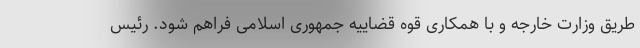
طریق وزارت خارجه و با همکاری قوه قضاییه جمهوری اسلامی فراهم شود. رئیس